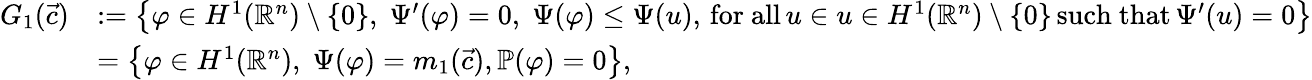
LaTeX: \begin{array}{rl}{G_{1}({\vec{c}})}&{:=\left\{ \varphi\in{H^{1}(\mathbb{R}^{n})}\setminus\{ 0\} ,\; \Psi^{\prime}(\varphi)=0,\; \Psi(\varphi)\leq\Psi(u),\, \mathrm{for~all}\, u\in u\in{H^{1}(\mathbb{R}^{n})}\setminus\{ 0\} \, \mathrm{such~that}\, \Psi^{\prime}(u)=0\right\} }\\ &{=\left\{ \varphi\in{H^{1}(\mathbb{R}^{n})},\; \Psi(\varphi)=m_{1}({\vec{c}}),\mathbb{P}(\varphi)=0\right\} ,}\end{array}